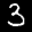
Label: 3